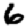
Digit: 6